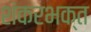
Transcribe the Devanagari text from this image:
शंकरभक्त